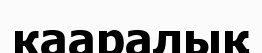
кааралық